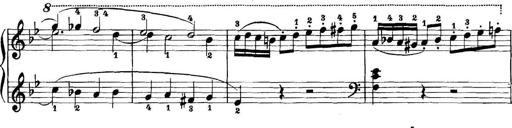
Title: 11 Sonatinas
Composer: Anton Diabelli